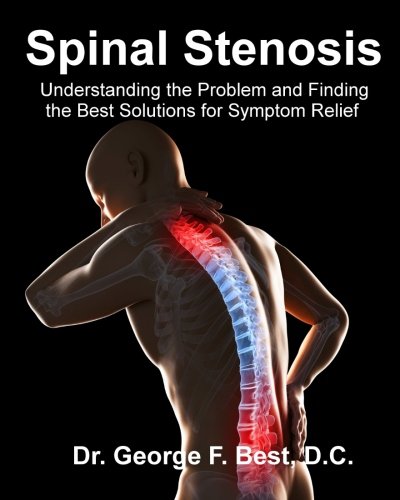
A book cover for Spinal Stenosis: Understanding the Problem and Finding the Best Solutions for Symptom Relief; Dr. George F. Best D.C.; Health, Fitness & Dieting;